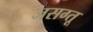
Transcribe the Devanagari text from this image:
जसग्तू